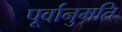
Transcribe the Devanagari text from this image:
पूर्वानुमति